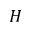
H